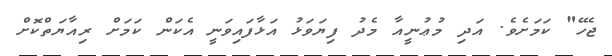
ޖެހޭ" ކަމަށެވެ. އަދި މުޢުނީއާ މެދު ފިޔަވަޅު އަޅާފައިވަނީ އެކަން ކަމަށް ރިއާޔަތްކޮށް